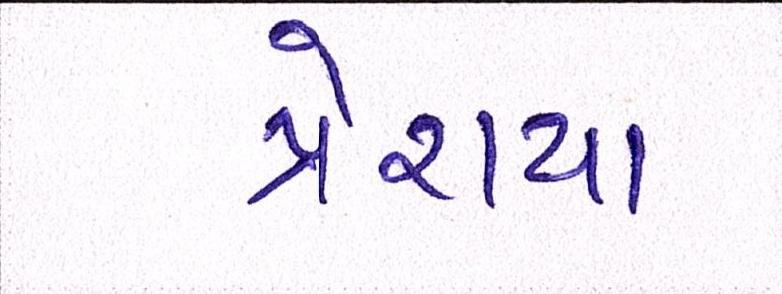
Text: પ્રેરાયા